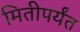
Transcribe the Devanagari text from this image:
मितीपर्यंत